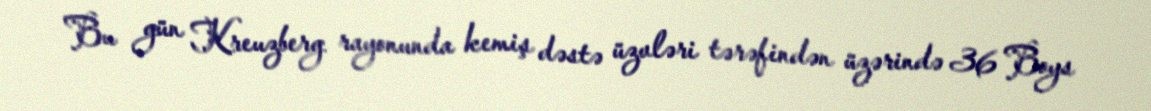
Bu gün Kreuzberg rayonunda kemiş dəstə üzvləri tərəfindən üzərində 36 Boys